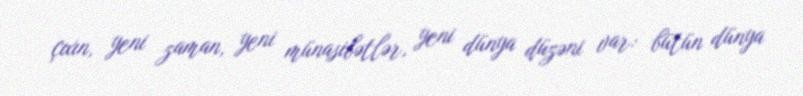
çıxın, yeni zaman, yeni münasibətlər, yeni dünya düzəni var: bütün dünya